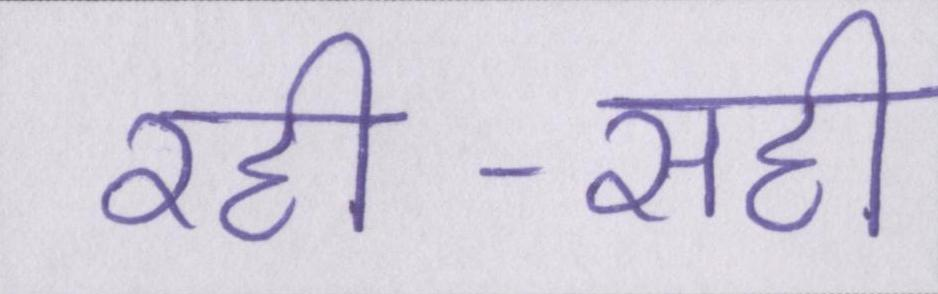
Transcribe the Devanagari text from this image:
रही-सही